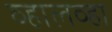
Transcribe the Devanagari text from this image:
व्हालव्हा